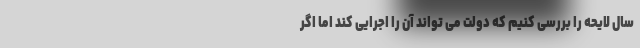
سال لایحه را بررسی کنیم که دولت می تواند آن را اجرایی کند اما اگر